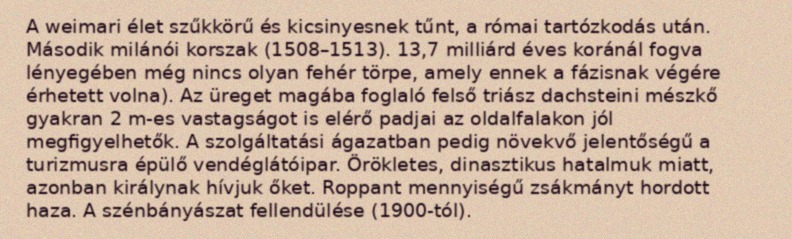
A weimari élet szűkkörű és kicsinyesnek tűnt, a római tartózkodás után. Második milánói korszak (1508–1513). 13,7 milliárd éves koránál fogva lényegében még nincs olyan fehér törpe, amely ennek a fázisnak végére érhetett volna). Az üreget magába foglaló felső triász dachsteini mészkő gyakran 2 m-es vastagságot is elérő padjai az oldalfalakon jól megfigyelhetők. A szolgáltatási ágazatban pedig növekvő jelentőségű a turizmusra épülő vendéglátóipar. Örökletes, dinasztikus hatalmuk miatt, azonban királynak hívjuk őket. Roppant mennyiségű zsákmányt hordott haza. A szénbányászat fellendülése (1900-tól).